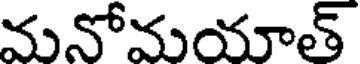
మనోమయాత్